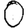
Digit: 0